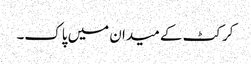
کرکٹ کے میدان میں پاک۔